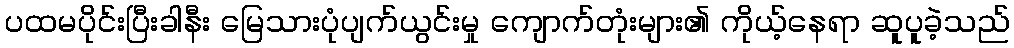
ပထမပိုင်းပြီးခါနီး မြေသားပုံပျက်ယွင်းမှု ကျောက်တုံးများ၏ ကိုယ့်နေရာ ဆူပူခဲ့သည်